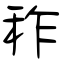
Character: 秨